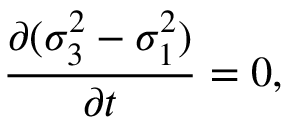
{ \frac { \partial ( \sigma _ { 3 } ^ { 2 } - \sigma _ { 1 } ^ { 2 } ) } { \partial t } } = 0 ,